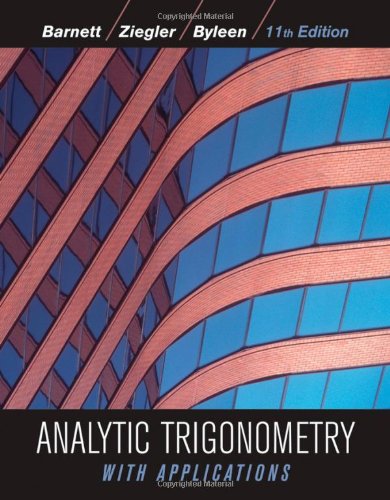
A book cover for Analytic Trigonometry with Applications; Raymond A. Barnett; Science & Math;